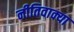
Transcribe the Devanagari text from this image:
नीतिवाक्या